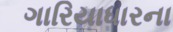
ગારિયાધારના